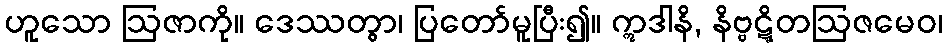
ဟူသော ဩဇာကို။ ဒေဿတွာ၊ ပြတော်မူပြီး၍။ ဣဒါနိ, နိဗ္ဗဋ္ဋိတဩဇမေဝ၊